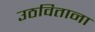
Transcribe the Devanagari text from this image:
उठविताना